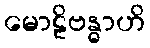
မောဠိဗန္ဓာဟိ